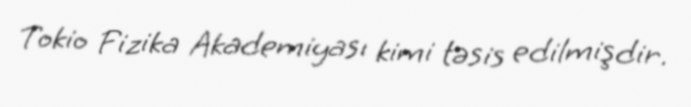
Tokio Fizika Akademiyası kimi təsis edilmişdir.